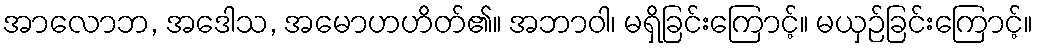
အာလောဘ, အဒေါသ, အမောဟဟိတ်၏။ အဘာဝါ၊ မရှိခြင်းကြောင့်။ မယှဉ်ခြင်းကြောင့်။